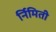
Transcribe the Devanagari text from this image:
र्निमिती